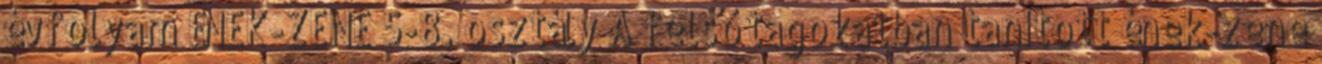
évfolyam ÉNEK-ZENE 5-8. osztály A felső tagozatban tanított ének-zene